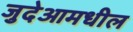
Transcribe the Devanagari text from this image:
जुदेआमधील